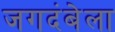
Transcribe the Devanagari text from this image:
जगदंबेला